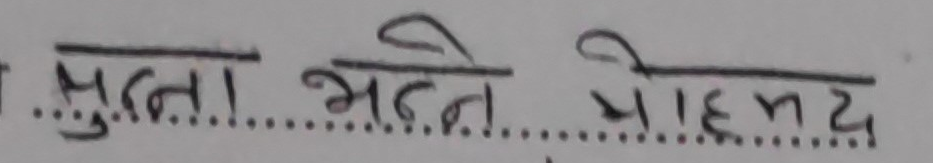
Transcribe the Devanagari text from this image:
मुल्ला भट्टने मोहम्मद